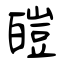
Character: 皚